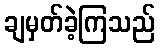
ချမှတ်ခဲ့ကြသည်